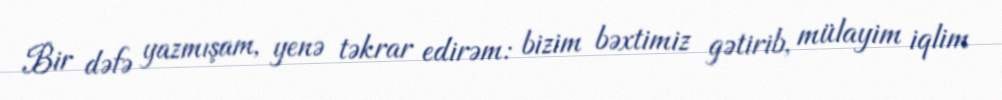
Bir dəfə yazmışam, yenə təkrar edirəm: bizim bəxtimiz gətirib, mülayim iqlim